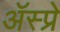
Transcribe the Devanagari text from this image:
ॲस्प्रे